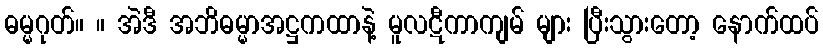
ဓမ္မဂုတ်။ ။ အဲဒီ အဘိဓမ္မာအဋ္ဌကထာနဲ့ မူလဋီကာကျမ် များ ပြီးသွားတော့ နောက်ထပ်